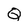
Character: Q